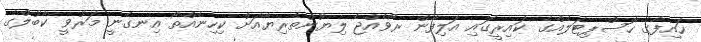
ހައިފާގެ ހޮސްޕިޓަލެއްގެ ކައިރީގައި އަލިފާން ރޯވެއްޖެ ލިޔުންތެރިޔާއަށް ކިހިނެއްތޯ އިނގެނީ މަރުވީ ކާބުލްގެ